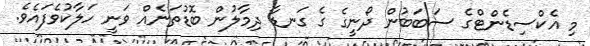
މި އެކްސިޑެންޓްގެ ސަބަބުން ދޯނީގެ ގެ ގަނޑާ ދިމާލުން ބޮޑުތަނެއް ވަނީ ހަލާކުވެފައެވެ.